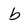
Character: b